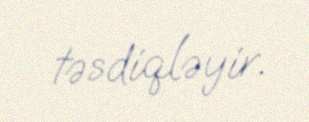
təsdiqləyir.